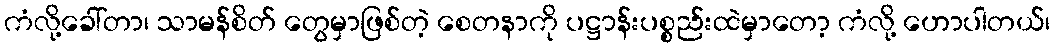
ကံလို့ခေါ်တာ၊ သာမန်စိတ် တွေမှာဖြစ်တဲ့ စေတနာကို ပဋ္ဌာန်းပစ္စည်းထဲမှာတော့ ကံလို့ ဟောပါတယ်၊